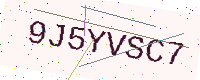
Text: 9J5YVSC7